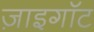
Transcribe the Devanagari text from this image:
ज़ाइगॉट